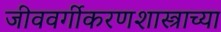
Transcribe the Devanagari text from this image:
जीववर्गीकरणशास्त्राच्या